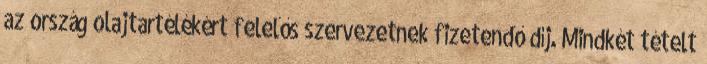
az ország olajtartélékért felelős szervezetnek fizetendő díj. Mindkét tételt